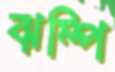
ঝম্পি